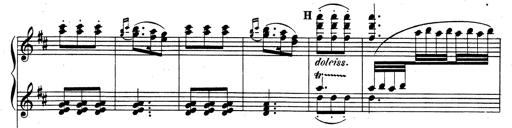
Title: Rhapsodie espagnole
Composer: Franz Liszt